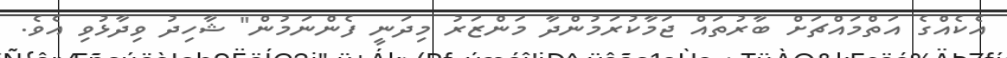
އެކެއްގެ އަތްމައްޗަށް ބާރުތައް ޖަމާކުރަމުންދާ މަންޒަރު މިދަނީ ފެންނަމުން" ޝާހިދު ވިދާޅުވި އެވެ.